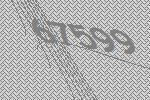
67599